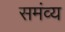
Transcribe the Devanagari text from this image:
समंव्य